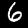
Label: 6